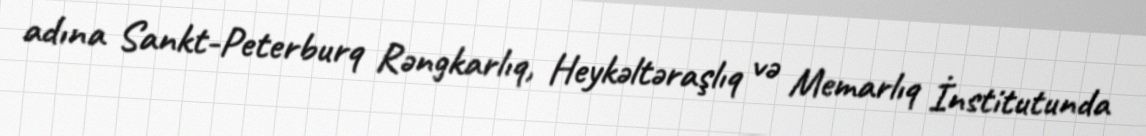
adına Sankt-Peterburq Rəngkarlıq, Heykəltəraşlıq və Memarlıq İnstitutunda